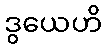
ဒွယေဟိ